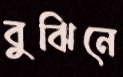
বুঝিনে